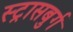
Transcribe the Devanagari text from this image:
स्ट्रासबुर्ग